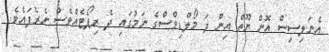
އެނަލިސިސް އޮން ޔޫތް އިން ދަ މޯލްޑިވްސްގެ ނަމުގައި ދެ ރިޕޯޓެއްވެސް ނެރެފައެވެ.